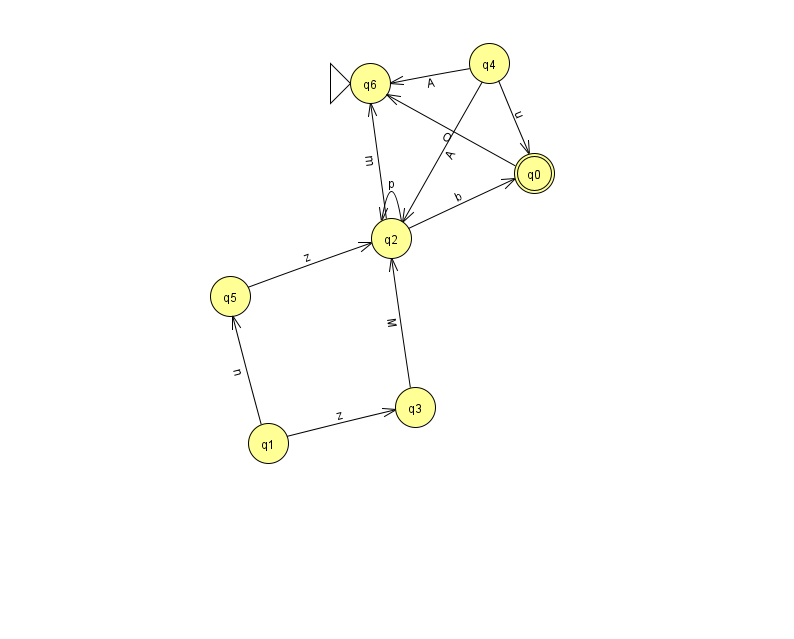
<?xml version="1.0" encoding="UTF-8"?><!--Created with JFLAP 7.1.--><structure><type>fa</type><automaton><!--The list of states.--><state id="0" name="q0"><x>534.0</x><y>160.0</y><final/></state><state id="1" name="q1"><x>268.0</x><y>430.0</y></state><state id="2" name="q2"><x>391.0</x><y>225.0</y></state><state id="3" name="q3"><x>415.0</x><y>394.0</y></state><state id="4" name="q4"><x>489.0</x><y>50.0</y></state><state id="5" name="q5"><x>230.0</x><y>283.0</y></state><state id="6" name="q6"><x>370.0</x><y>70.0</y><initial/></state><!--The list of transitions.--><transition><from>2</from><to>2</to><read>p</read></transition><transition><from>4</from><to>2</to><read>A</read></transition><transition><from>4</from><to>0</to><read>u</read></transition><transition><from>1</from><to>3</to><read>z</read></transition><transition><from>1</from><to>5</to><read>n</read></transition><transition><from>2</from><to>0</to><read>b</read></transition><transition><from>4</from><to>6</to><read>A</read></transition><transition><from>5</from><to>2</to><read>z</read></transition><transition><from>2</from><to>6</to><read>m</read></transition><transition><from>3</from><to>2</to><read>M</read></transition><transition><from>0</from><to>6</to><read>O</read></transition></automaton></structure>